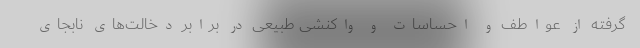
گرفته از عواطف و احساسات و واکنشی طبیعی در برابر دخالت‌های نابجای